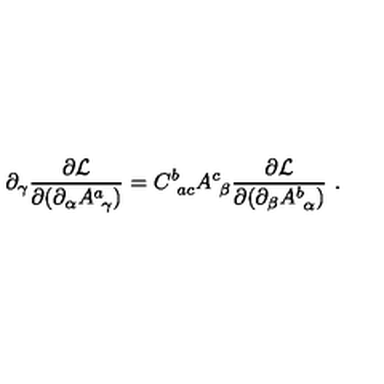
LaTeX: \partial _ { \gamma } { \frac { \partial { \cal L } } { \partial ( \partial _ { \alpha } A _ { \ \gamma } ^ { a } ) } } = C _ { \ a c } ^ { b } A _ { \ \beta } ^ { c } { \frac { \partial { \cal L } } { \partial ( \partial _ { \beta } A _ { \ \alpha } ^ { b } ) } } \ .